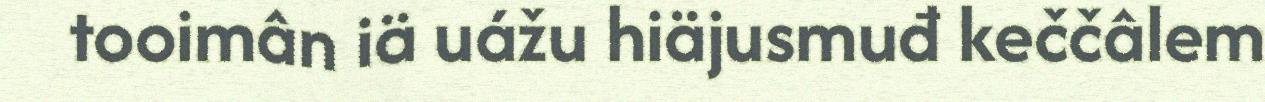
tooimân iä uážu hiäjusmuđ keččâlem